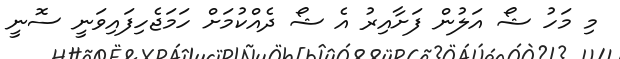
މި މަހު ޝޯ އަލުން ފަށާއިރު އެ ޝޯ ދެއްކުމަށް ހަމަޖެހިފައިވަނީ ސޮނީ